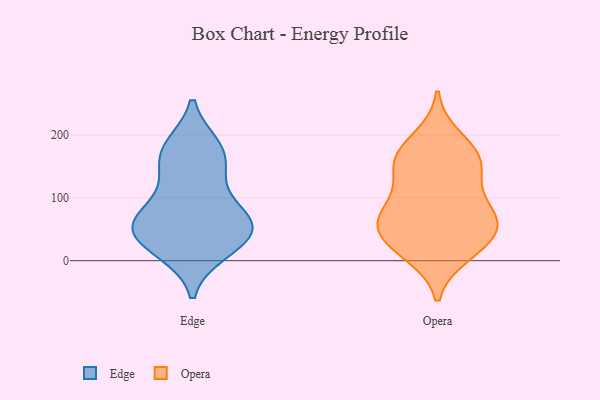
{"axis": {"x": "Demand Index", "y": "Value"}, "legend": ["Edge", "Opera"], "data": [{"x": "", "y": 68, "type": "Edge"}, {"x": "", "y": 53, "type": "Edge"}, {"x": "", "y": 182, "type": "Edge"}, {"x": "", "y": 150, "type": "Edge"}, {"x": "", "y": 56, "type": "Edge"}, {"x": "", "y": 131, "type": "Edge"}, {"x": "", "y": 60, "type": "Edge"}, {"x": "", "y": 97, "type": "Edge"}, {"x": "", "y": 182, "type": "Edge"}, {"x": "", "y": 52, "type": "Edge"}, {"x": "", "y": 29, "type": "Edge"}, {"x": "", "y": 14, "type": "Edge"}, {"x": "", "y": 59, "type": "Edge"}, {"x": "", "y": 171, "type": "Edge"}, {"x": "", "y": 17, "type": "Edge"}, {"x": "", "y": 70, "type": "Opera"}, {"x": "", "y": 60, "type": "Opera"}, {"x": "", "y": 16, "type": "Opera"}, {"x": "", "y": 43, "type": "Opera"}, {"x": "", "y": 55, "type": "Opera"}, {"x": "", "y": 164, "type": "Opera"}, {"x": "", "y": 152, "type": "Opera"}, {"x": "", "y": 163, "type": "Opera"}, {"x": "", "y": 158, "type": "Opera"}, {"x": "", "y": 195, "type": "Opera"}, {"x": "", "y": 34, "type": "Opera"}, {"x": "", "y": 81, "type": "Opera"}, {"x": "", "y": 81, "type": "Opera"}, {"x": "", "y": 120, "type": "Opera"}, {"x": "", "y": 11, "type": "Opera"}]}